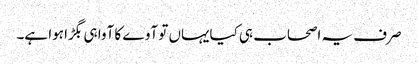
صرف یہ اصحاب ہی کیایہاں تو آوے کا آوا ہی بگڑا ہوا ہے۔